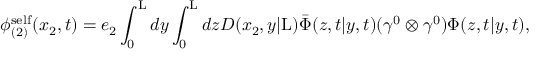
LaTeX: { \phi } _ { ( 2 ) } ^ { \mathrm { s e l f } } ( x _ { 2 } , t ) = e _ { 2 } \int _ { 0 } ^ { \mathrm { L } } d y \int _ { 0 } ^ { \mathrm { L } } d z D ( x _ { 2 } , y | \mathrm { L } ) \bar { \Phi } ( z , t | y , t ) ( { \gamma } ^ { 0 } \otimes { \gamma } ^ { 0 } ) { \Phi } ( z , t | y , t ) ,